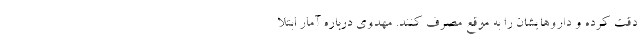
دقت کرده و داروهایشان را به موقع مصرف کنند. مهدوی درباره آمار ابتلا